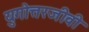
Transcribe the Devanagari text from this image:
युगोत्तरजीवी